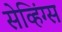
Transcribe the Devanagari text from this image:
सेव्हिंग्स